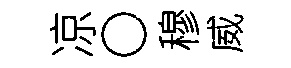
凉〇穆威